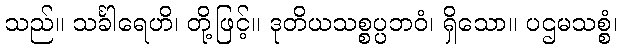
သည်။ သင်္ခါရေဟိ၊ တို့ဖြင့်။ ဒုတိယသစ္စပ္ပဘဝံ၊ ရှိသော။ ပဌမသစ္စံ၊